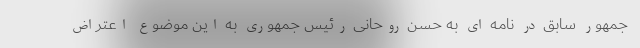
جمهور سابق در نامه ای به حسن روحانی رئیس جمهوری به این موضوع اعتراض